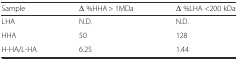
<table><thead><tr><td><b>Sample</b></td><td><b>Δ %HHA &gt; 1MDa</b></td><td><b>Δ %LHA &lt;200 kDa</b></td></tr></thead><tbody><tr><td>LHA</td><td>N.D.</td><td>N.D.</td></tr><tr><td>HHA</td><td>50</td><td>128</td></tr><tr><td>H-HA/L-HA</td><td>6.25</td><td>1.44</td></tr></tbody></table>